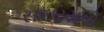
સાઇરસનો